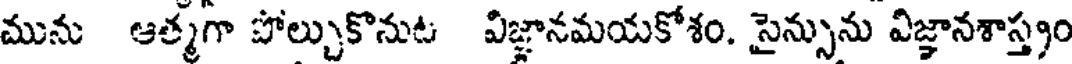
మును ఆత్మగా పోల్చుకొనుట విజ్ఞానమయకోశం. సైన్సును విజ్ఞానశాస్త్రం